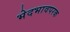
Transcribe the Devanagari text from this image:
भेदभावपरक